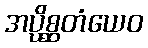
အပ္ပိစ္ဆတံယေဝ